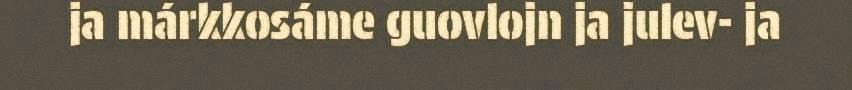
ja márkkosáme guovlojn ja julev- ja